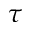
\tau